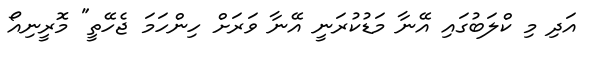
އަދި މި ކްލަބުގައި އޭނާ މަޑުކުރަނީ އޭނާ ވަރަށް ހިންހަމަ ޖެހޭތީ" މޮރީނިއޯ